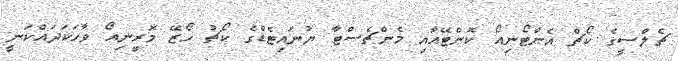
ޗެލްސީގެ ކޯޗް އެންޓޯނިއޯ ކޮންޓޭއާއި މެންޗެސްޓާ ޔުނައިޓެޑްގެ ކޯޗު ހޯޒޭ މޮރީނިއޯ ވާހަކަދައްކަނީ